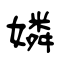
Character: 嫾